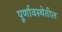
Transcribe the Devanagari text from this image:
पूर्णावस्थेतील